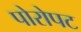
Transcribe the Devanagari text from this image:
पोरोपट